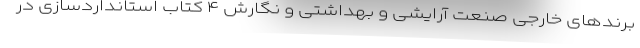
برندهای خارجی صنعت آرایشی و بهداشتی و نگارش ۴ کتاب استانداردسازی در